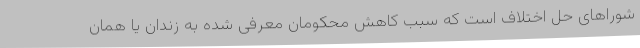
شوراهای حل اختلاف است که سبب کاهش محکومان معرفی ‌شده به زندان یا همان